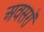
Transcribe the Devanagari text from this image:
अवसरॉ